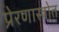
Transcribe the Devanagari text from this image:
प्रेरणास्‍त्रोत